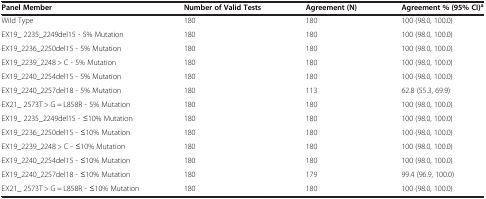
| Panel Member | Number of Valid Tests | Agreement (N) | Agreement % (95% CI)a |
 | --- | --- | --- | --- |
 | Wild Type | 180 | 180 | 100 (98.0, 100.0) |
 | EX19_ 2235_2249del15 - 5% Mutation | 180 | 180 | 100 (98.0, 100.0) |
 | EX19_2236_2250del15 - 5% Mutation | 180 | 180 | 100 (98.0, 100.0) |
 | EX19_2239_2248 > C - 5% Mutation | 180 | 180 | 100 (98.0, 100.0) |
 | EX19_2240_2254del15 - 5% Mutation | 180 | 180 | 100 (98.0, 100.0) |
 | EX19_2240_2257del18 - 5% Mutation | 180 | 113 | 62.8 (55.3, 69.9) |
 | EX21_ 2573T > G = L858R - 5% Mutation | 180 | 180 | 100 (98.0, 100.0) |
 | EX19_ 2235_2249del15 - ≤10% Mutation | 180 | 180 | 100 (98.0, 100.0) |
 | EX19_2236_2250del15 - ≤10% Mutation | 180 | 180 | 100 (98.0, 100.0) |
 | EX19_2239_2248 > C - ≤10% Mutation | 180 | 180 | 100 (98.0, 100.0) |
 | EX19_2240_2254del15 - ≤10% Mutation | 180 | 180 | 100 (98.0, 100.0) |
 | EX19_2240_2257del18 - ≤10% Mutation | 180 | 179 | 99.4 (96.9, 100.0) |
 | EX21_ 2573T > G = L858R - ≤10% Mutation | 180 | 180 | 100 (98.0, 100.0) |